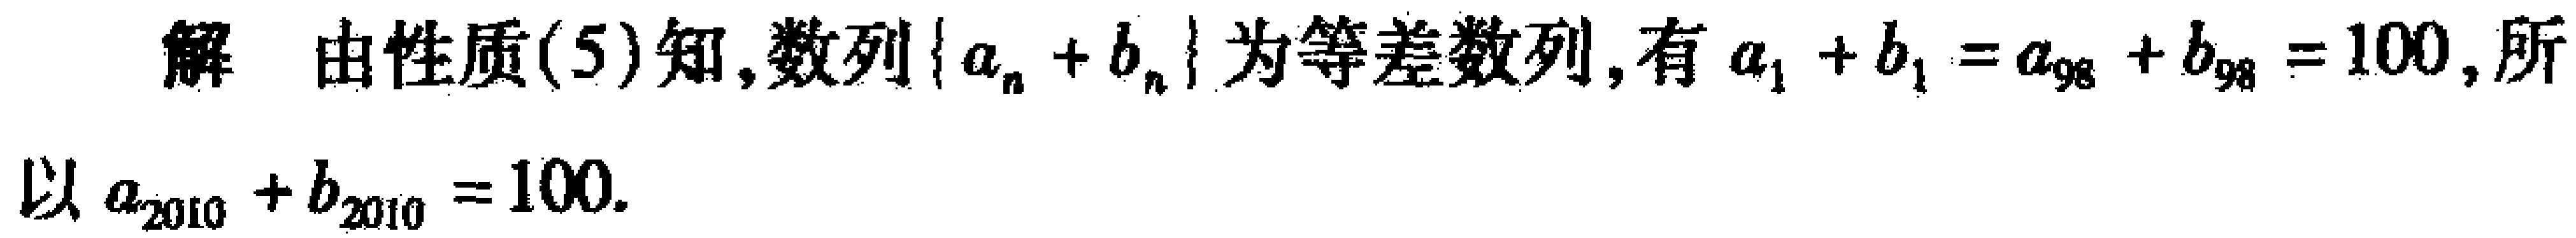
解 由性质(5)知,数列\(\{ a_{n}+b_{n}\}\)为等差数列, 有\(a_{1}+b_{1}=a_{98}+b_{98}=100\),所以\(a_{2010}+b_{2010}=100\).